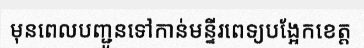
មុនពេលបញ្ជូនទៅកាន់មន្ទីរពេទ្យបង្អែកខេត្ត